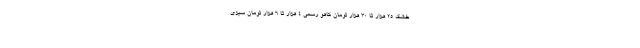
خشک ۲۵ هزار تا ۳۰ هزار تومان کاهو رسمی ۴ هزار تا ۶ هزار تومان سبزی